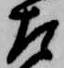
左